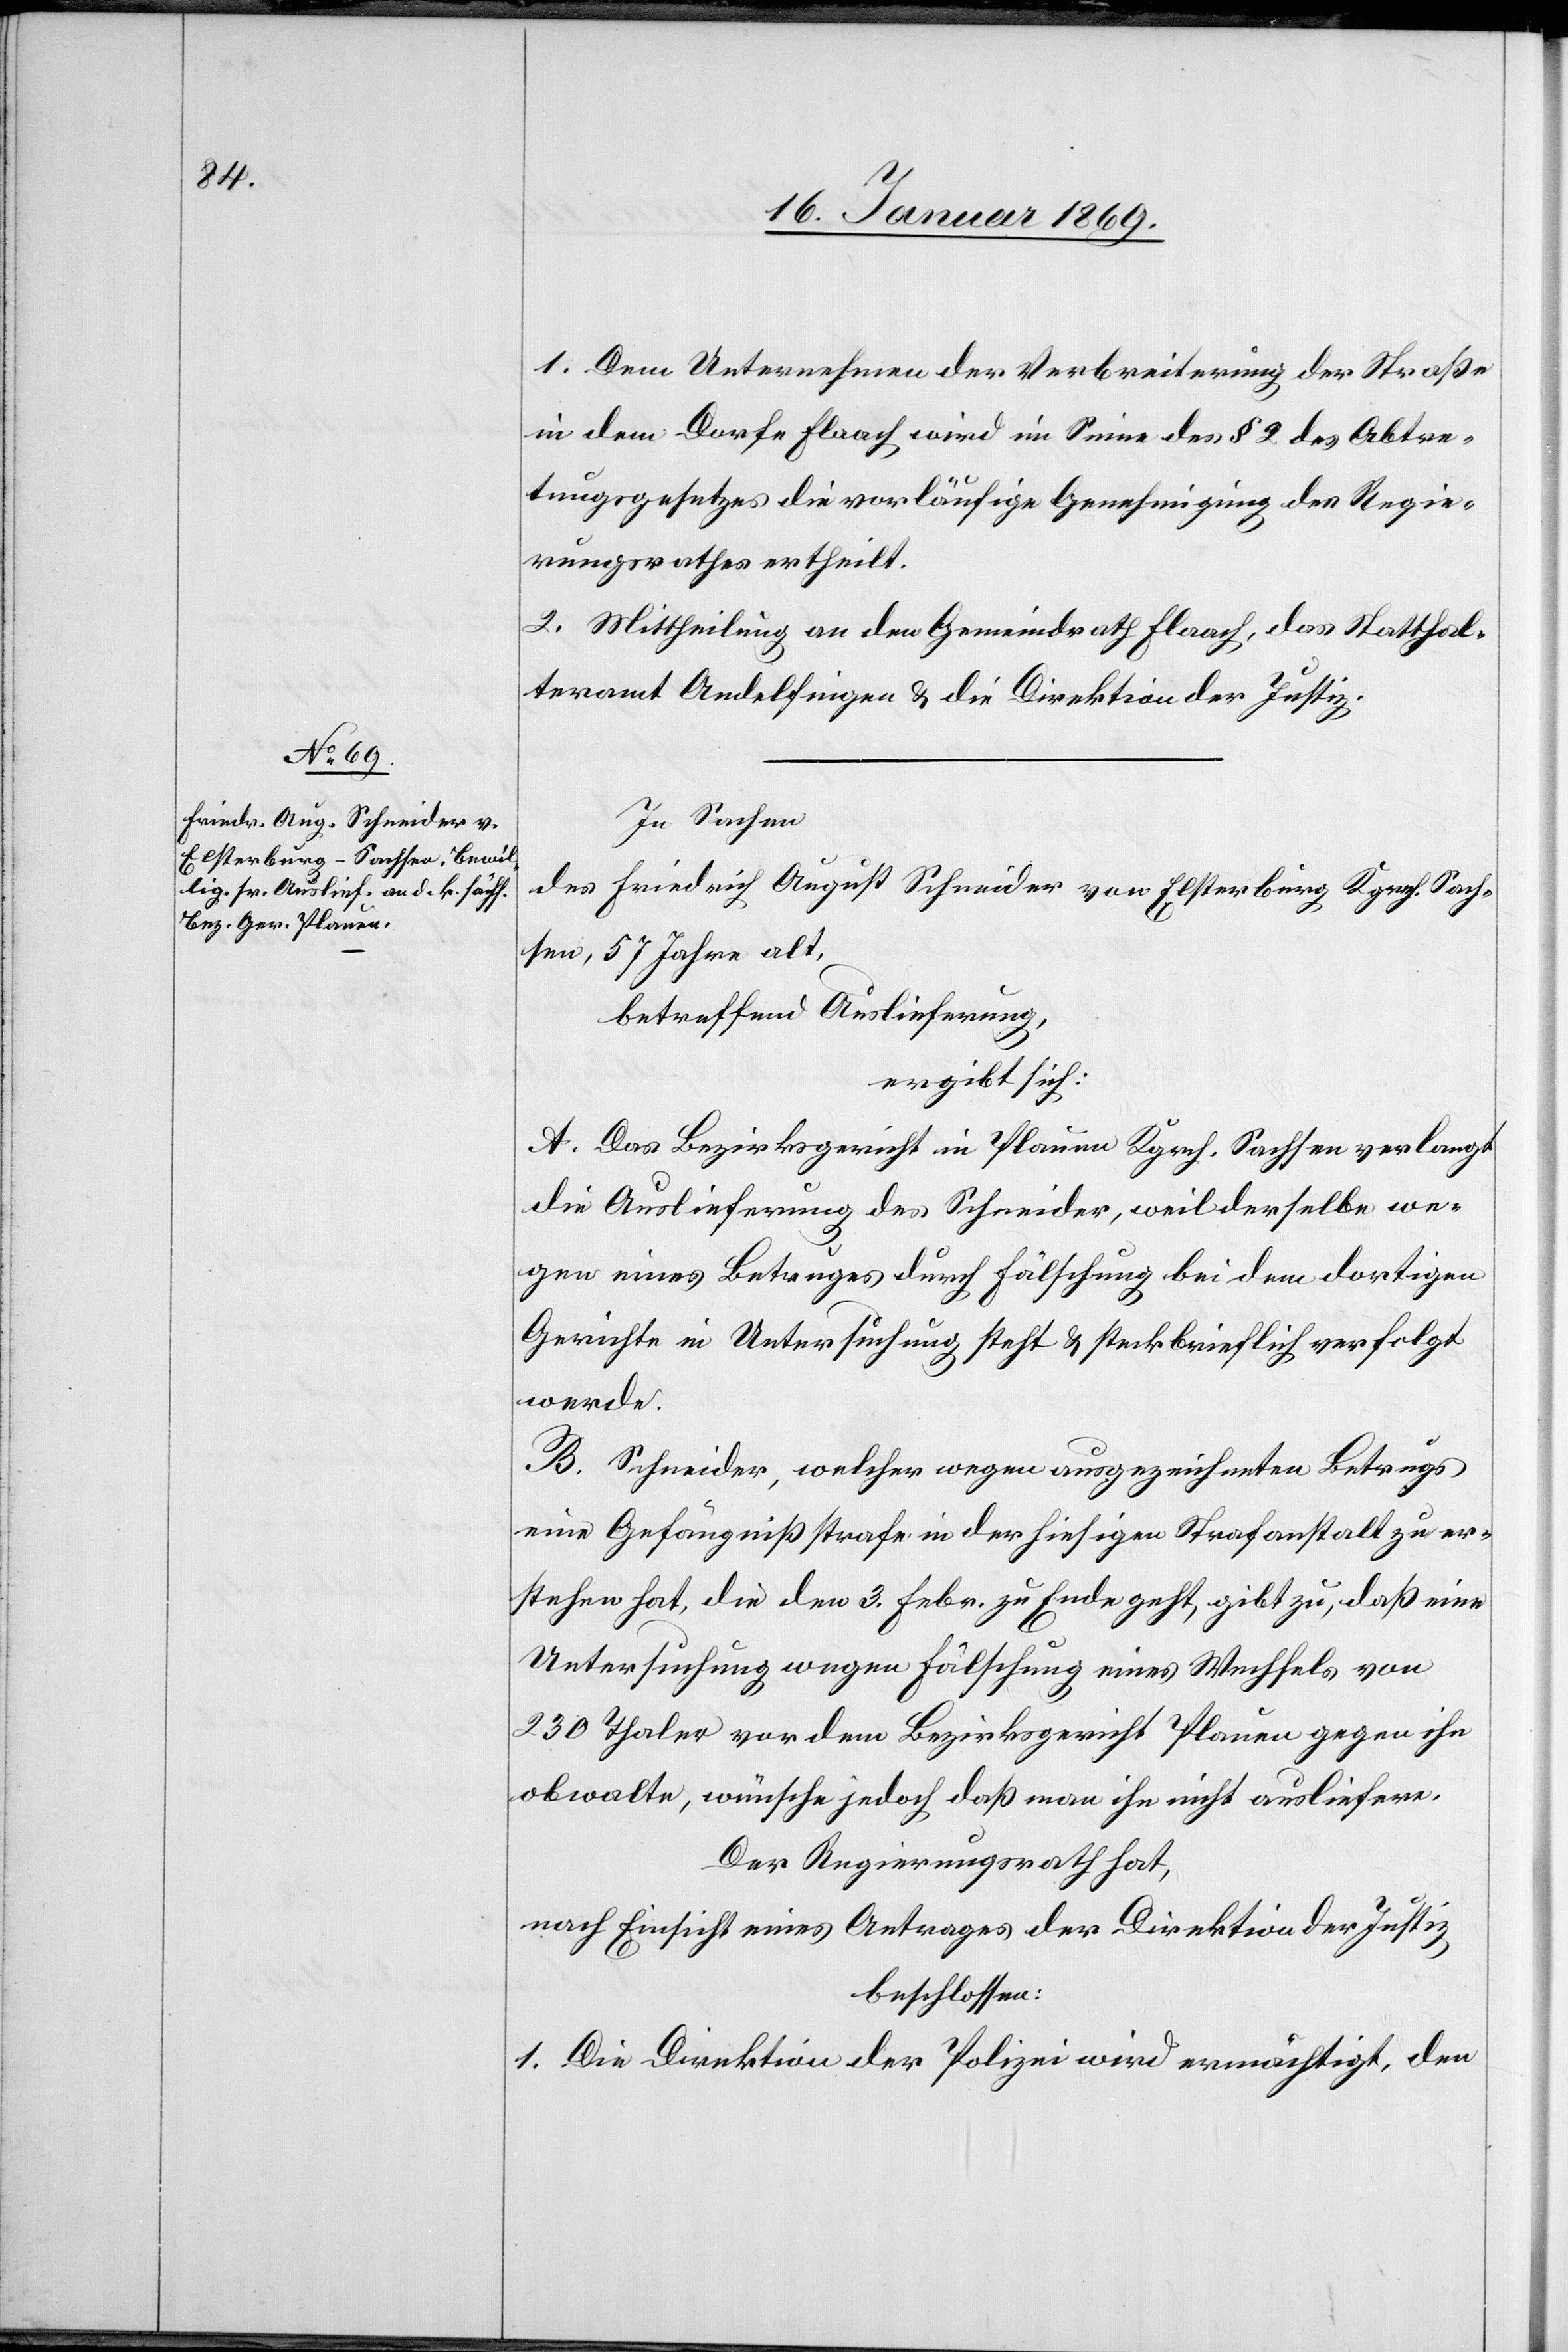
1. Dem Unternehmen der Verbreiterung der Straße
in dem Dorfe Flaach wird im Sinne § 9 des Abtre¬
tungsgesetzes die vorläufige Genehmigung des Regie¬
rungsrathes ertheilt.
2. Mittheilung an den Gemeindrath Flaach, das Statthal¬
teramt Andelfingen u. die Direktion der Justiz.
In Sachen
des Friedrich August Schneider von Elsterburg, Kgrch. Sach¬
sen, 57 Jahre alt,
betreffend Auslieferung,
ergibt sich:
A. Das Bezirksgericht in Plauen Kgrch. Sachsen verlangt
die Auslieferung des Schneider, weil derselbe we¬
gen eines Betruges durch Fälschung bei dem dortigen
Gerichte in Untersuchung steht u. steckbrieflich verfolgt
werde.
B. Schneider, welcher wegen ausgezeichneten Betrugs
eine Gefängnißstrafe in der hiesigen Strafanstalt zu er¬
stehen hat, die den 3. Febr. zu Ende geht, gibt zu, daß eine
Untersuchung wegen Fälschung eines Wechsels von
230 Thaler vor dem Bezirksgericht Plauen gegen ihn
obwalte, wünsche jedoch daß man ihn nicht ausliefere.
Der Regierungsrath hat,
nach Einsicht eines Antrages der Direktion der Justiz,
beschlossen:
1. Die Direktion der Polizei wird ermächtigt, den